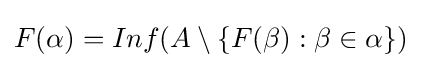
F(\alpha )=Inf(A\setminus \{F(\beta ):\beta \in \alpha \})